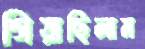
গিয়াছিলাম